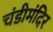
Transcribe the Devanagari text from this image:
चंडीमंदिर